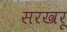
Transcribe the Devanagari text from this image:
सरखरू